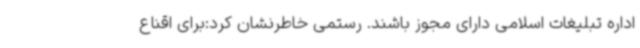
اداره تبلیغات اسلامی دارای مجوز باشند. رستمی خاطرنشان کرد:برای اقناع